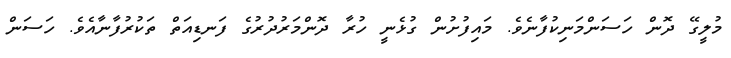
މުލީގޭ ދޮން ހަސަންމަނިކުފާނެވެ. މައިފުށުން ގުޅެނީ ހުރާ ދޮންމަރުދުރުގެ ފަނޑިއަތް ތަކުރުފާނާއެވެ. ހަސަން